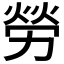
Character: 勞